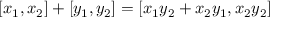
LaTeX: [ x _ { 1 } , x _ { 2 } ] + [ y _ { 1 } , y _ { 2 } ] = [ x _ { 1 } y _ { 2 } + x _ { 2 } y _ { 1 } , x _ { 2 } y _ { 2 } ]